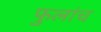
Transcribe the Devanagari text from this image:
फुलांच